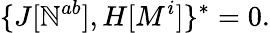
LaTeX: \{ J[\mathbb{N}^{ab}],H[M^{i}]\} ^{*}=0.